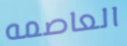
العاصمه